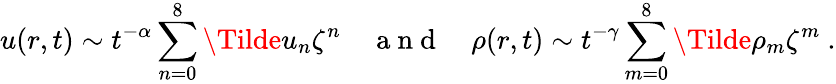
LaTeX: u(r,t)\sim t^{-\alpha}\sum_{n=0}^{8}\Tilde{u}_{n}\zeta^{n}\quad\mathrm{~a~n~d~}\quad\rho(r,t)\sim t^{-\gamma}\sum_{m=0}^{8}\Tilde{\rho}_{m}\zeta^{m}\ .